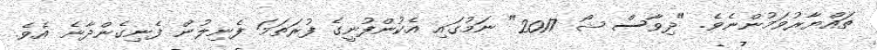
ތައްޔާރުވަމުންނެވެ. "ދިވާސް ޝޯ 2017" ނަމުގައި އެކުންފުނީގެ ފުރަތަމަ ފެނިލުން ފެނިގެންދާނެ އެވެ.